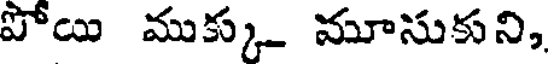
పోయి ముక్కు మూసుకుని,